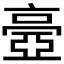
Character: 𠆊